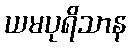
ယမပုရိသာန